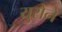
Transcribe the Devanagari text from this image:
युरोने